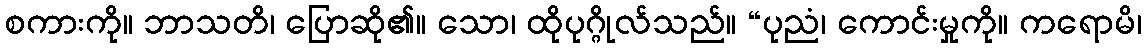
စကားကို။ ဘာသတိ၊ ပြောဆို၏။ သော၊ ထိုပုဂ္ဂိုလ်သည်။ “ပုညံ၊ ကောင်းမှုကို။ ကရောမိ၊